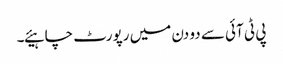
پی ٹی آئی سے دو دن میں رپورٹ چاہیئے۔